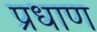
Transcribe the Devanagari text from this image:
प्रधाण